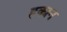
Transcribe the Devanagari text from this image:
हकान